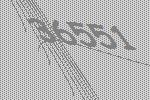
36551